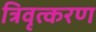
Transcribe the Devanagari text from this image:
त्रिवृत्करण